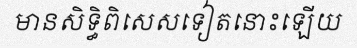
មានសិទ្ធិពិសេសទៀតនោះឡើយ